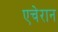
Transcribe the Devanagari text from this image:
एचेरान